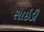
સાઇડી